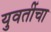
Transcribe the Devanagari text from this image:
युवतींचा